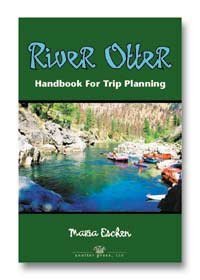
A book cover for River Otter, Handbook for Trip Planning: Authoritative Guide for Rafters, Kayakers, Canoeists; Maria Eschen; Sports & Outdoors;